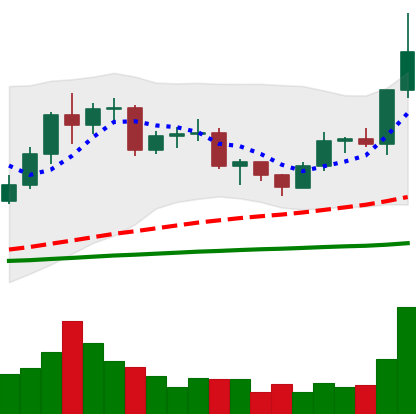
Ticker: LTC-USD
Chart end date: 2020-12-17
Forward return: 12.6%
Label: up_7plus